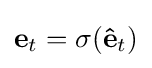
\mathbf {e} _{t}=\sigma (\mathbf {\hat {e}} _{t})